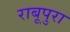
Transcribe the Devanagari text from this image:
राबूपुरा